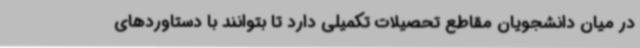
در میان دانشجویان مقاطع تحصیلات تکمیلی دارد تا بتوانند با دستاوردهای